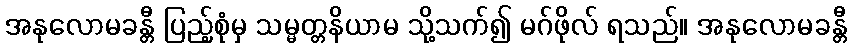
အနုလောမခန္တီ ပြည့်စုံမှ သမ္မတ္တနိယာမ သို့သက်၍ မဂ်ဖိုလ် ရသည်။ အနုလောမခန္တီ